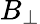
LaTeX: B_{\perp}